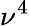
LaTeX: \nu^{4}